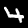
Label: 4